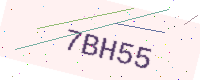
Text: 7BH55